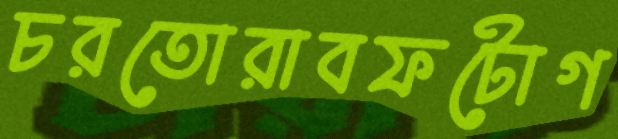
চরতোরাবফটোগ